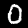
Label: 0